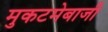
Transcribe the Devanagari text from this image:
मुकटमेबाजी